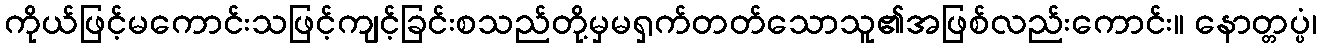
ကိုယ်ဖြင့်မကောင်းသဖြင့်ကျင့်ခြင်းစသည်တို့မှမရှက်တတ်သောသူ၏အဖြစ်လည်းကောင်း။ နောတ္တပ္ပံ၊